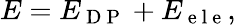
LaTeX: E=E_{\mathrm{~D~P~}}+E_{\mathrm{~e~l~e~}},